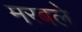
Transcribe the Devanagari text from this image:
मरबले